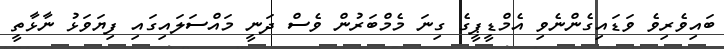
ބައިވެރިވެ ވަޑައިގެންނެވި އެމްޑީޕީގެ ގިނަ މެމްބަރުން ވެސް ދަނީ މައްސަަލައިގައި ފިޔަވަޅު ނާޅާތީ